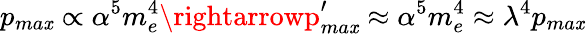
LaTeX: p_{ma\mathit{x}}\propto\alpha^{5}m_{e}^{4}\rightarrowp_{ma\mathit{x}}^{\prime}\approx\alpha^{5}m_{e}^{4}\approx\lambda^{4}p_{ma\mathit{x}}